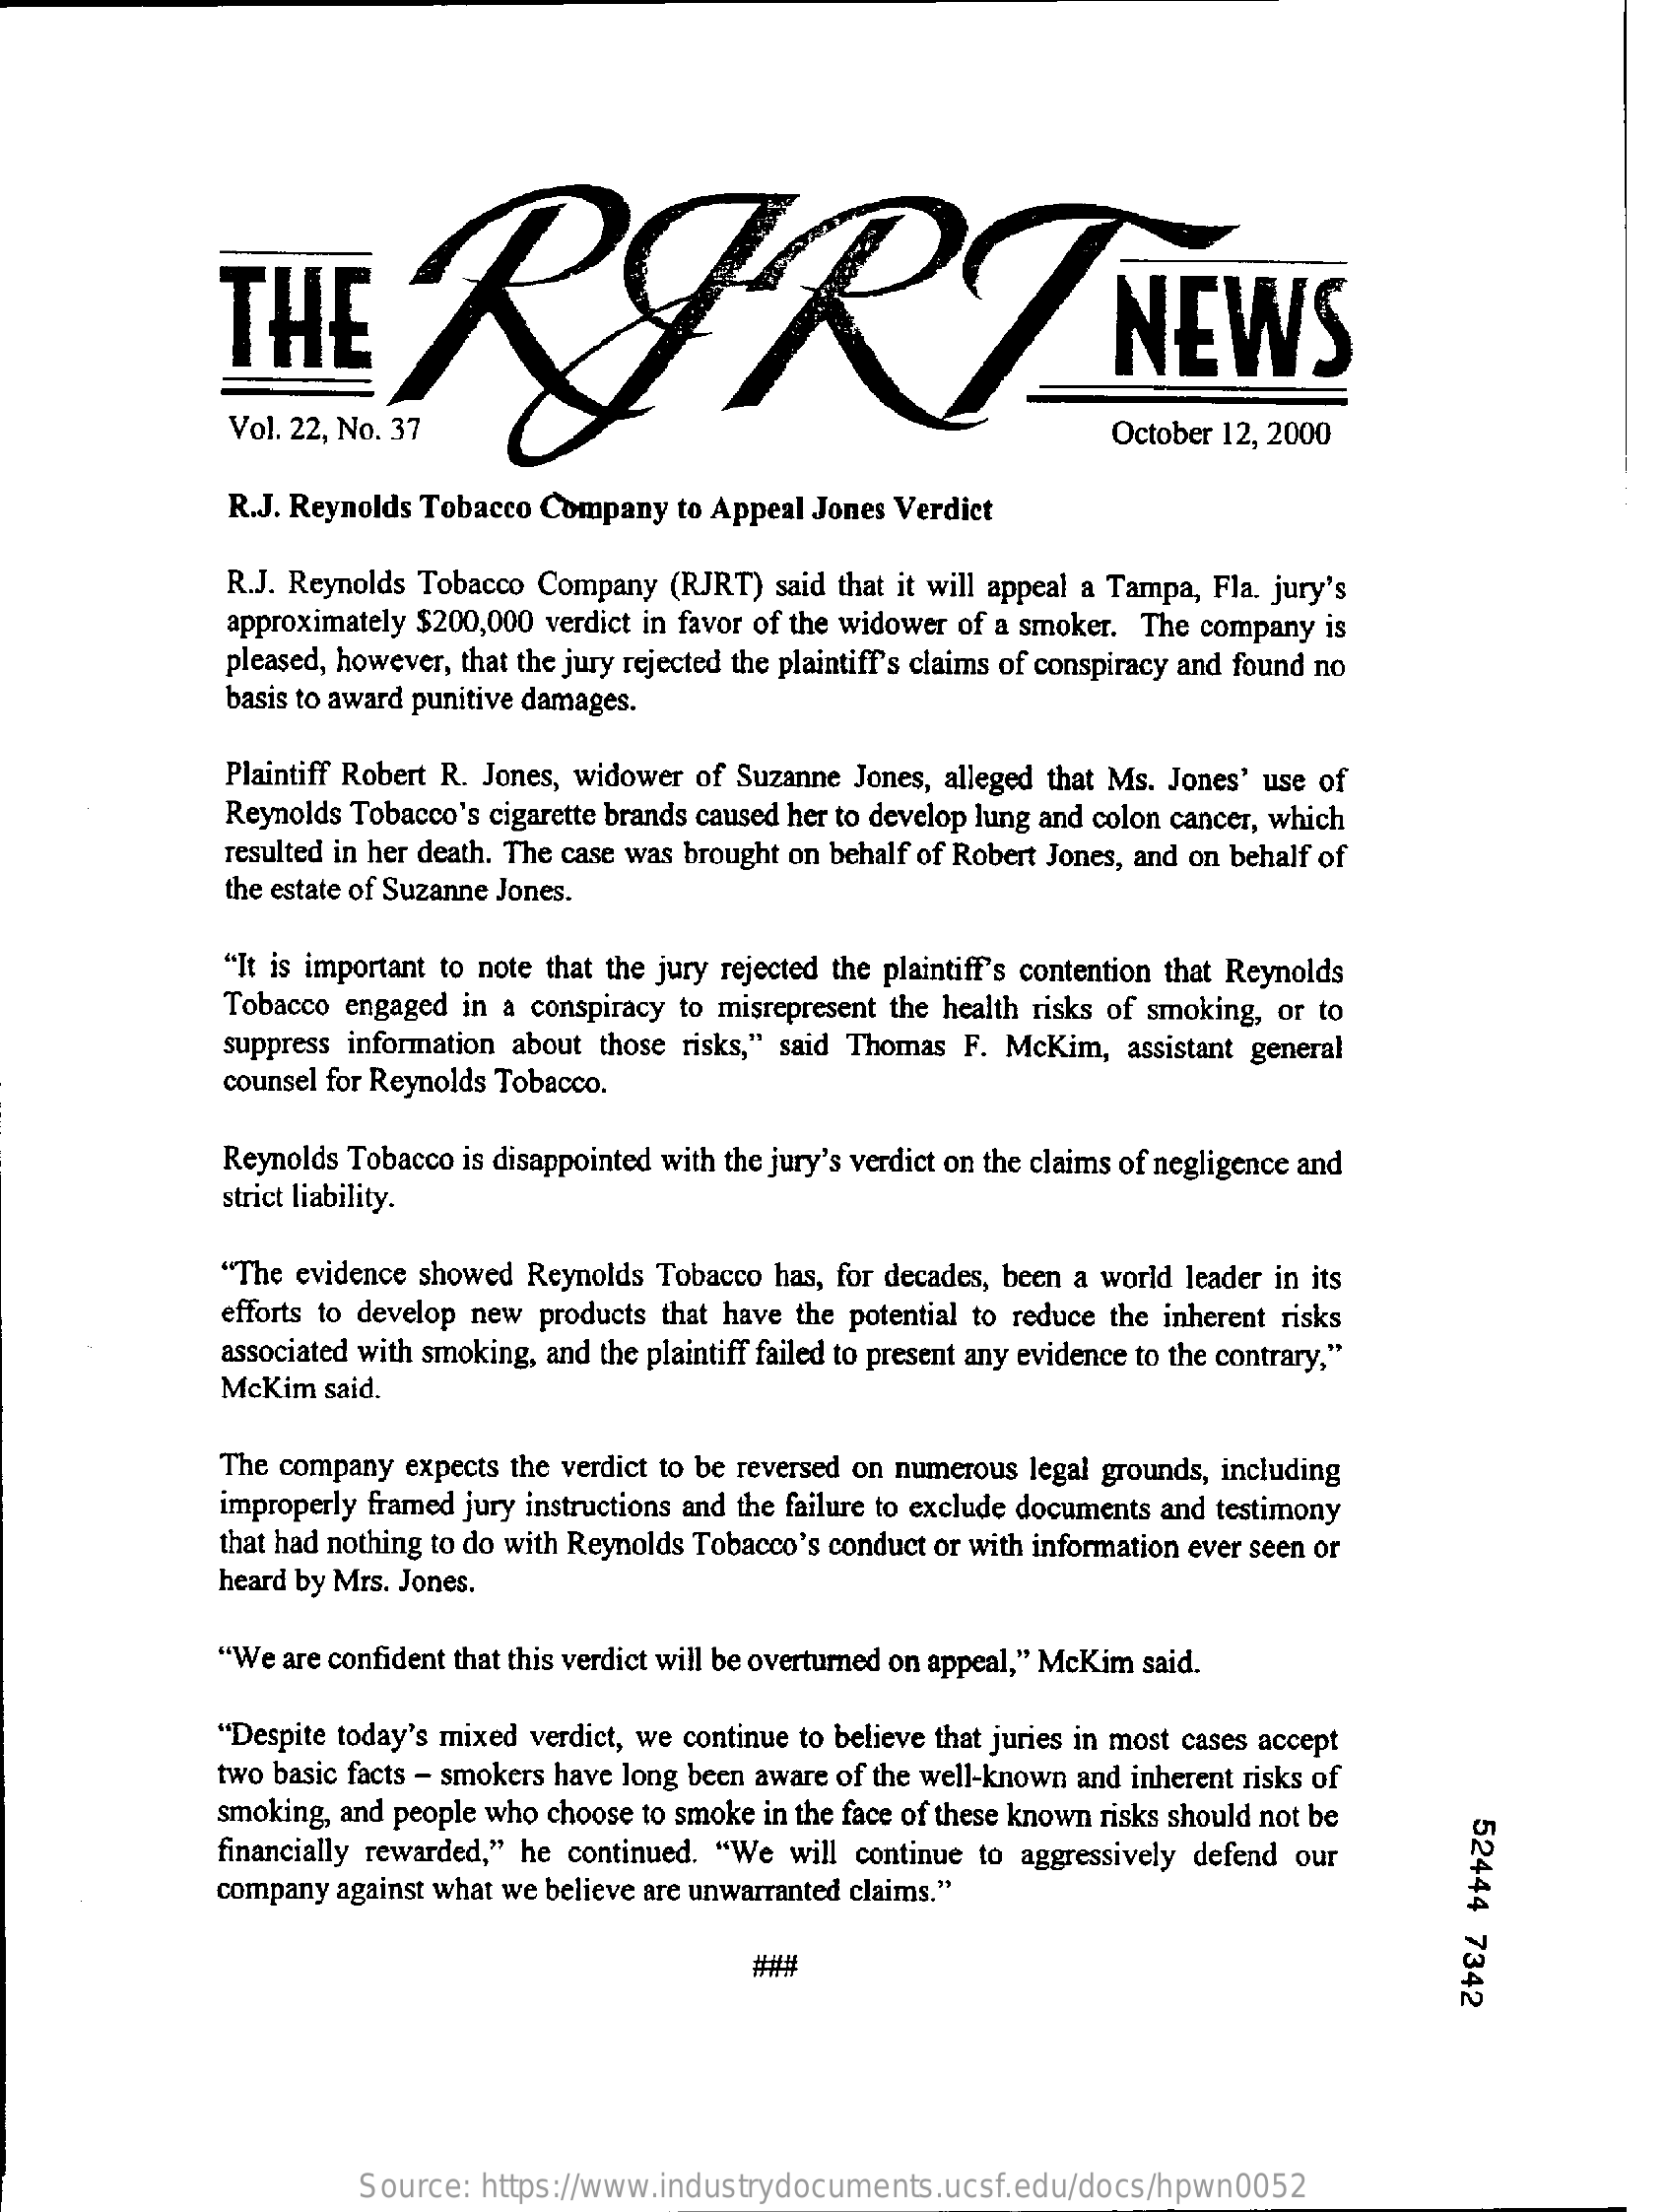
THE    RARI    NEWS
     Vol. 22, No. 37    October 12, 2000
     R.J. Reynolds Tobacco Company  to Appeal Jones Verdict
     R.J. Reynolds Tobacco Company (RJRT)  said that it will appeal a Tampa, Fla. jury's
     approximately $200,000 verdict in favor of the widower of a smoker. The company is
     pleased, however, that the jury rejected the plaintiff's claims of conspiracy and found no
     basis to award punitive damages.
     Plaintiff Robert R. Jones, widower of Suzanne Jones, alleged that Ms. Jones' use of
     Reynolds Tobacco's cigarette brands caused her to develop lung and colon cancer, which
     resulted in her death. The case was brought on behalf of Robert Jones, and on behalf of
     the estate of Suzanne Jones.
     "It is important to note that the jury rejected the plaintiff's contention that Reynolds
     Tobacco engaged in a conspiracy to misrepresent the health risks of smoking, or to
     suppress information about those risks," said Thomas F. McKim, assistant general
     counsel for Reynolds Tobacco.
     Reynolds Tobacco is disappointed with the jury's verdict on the claims of negligence and
     strict liability.
     "The evidence showed Reynolds Tobacco  has, for decades, been a world leader in its
     efforts to develop new products that have the potential to reduce the inherent risks
     associated with smoking, and the plaintiff failed to present any evidence to the contrary,"
     McKim  said.
     The company expects the verdict to be reversed on numerous legal grounds, including
     improperly framed jury instructions and the failure to exclude documents and testimony
     that had nothing to do with Reynolds Tobacco's conduct or with information ever seen or
     heard by Mrs. Jones.
     "We  are confident that this verdict will be overturned on appeal," McKim said.
     "Despite today's mixed verdict, we continue to believe that juries in most cases accept
     two basic facts - smokers have long been aware of the well-known and inherent risks of
     smoking, and people who choose to smoke in the face of these known risks should not be
     52444
     7342
     financially rewarded," he continued. "We will continue to aggressively defend our
     company  against what we believe are unwarranted claims."
     ###
     Source:  https://www.industrydocuments.ucsf.edu/docs/hpwn0052